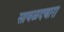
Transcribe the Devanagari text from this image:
सावळदबारा